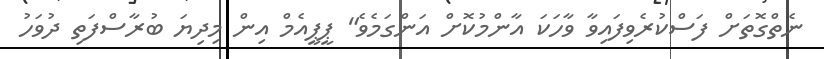
ނެތްގޮތަށް ފަސްކުރެވިފައިވާ ވާހަކަ އާންމުކޮށް އަންގަމެވެ" ޕީޕީއެމް އިން މިދިޔަ ބުރާސްފަތި ދުވަހު